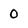
Character: 0